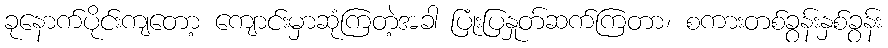
ခုနောက်ပိုင်းကျတော့ ကျောင်းမှာဆုံကြတဲ့အခါ ပြုံးပြနှုတ်ဆက်ကြတာ၊ စကားတစ်ခွန်းနှစ်ခွန်း